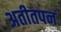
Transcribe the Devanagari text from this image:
अतीतपन